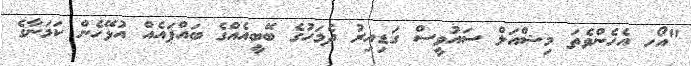
"އޯހ އެހެންވެތަ މިޝްއަލް ސައުވީސް ގަޑިއިރު ދެމަހުގެ ބޭބީއެއްގެ ބައްޕައެއް އުޅޭހެން ކަމަނާގެ